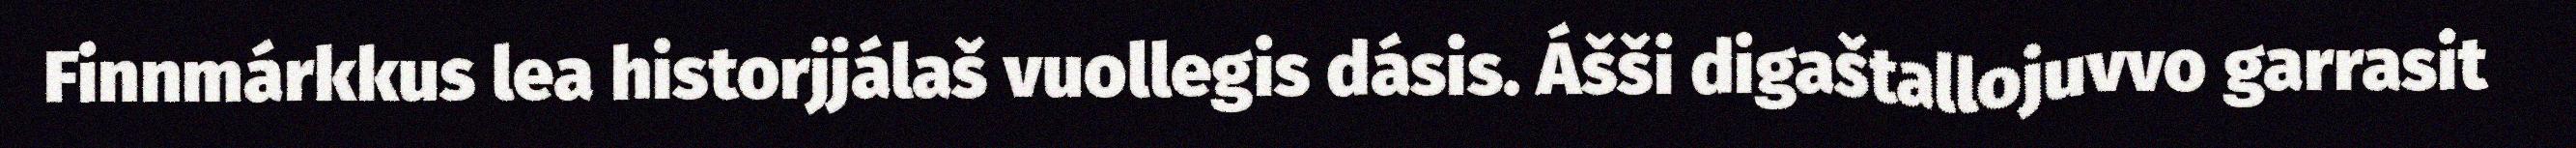
Finnmárkkus lea historjjálaš vuollegis dásis. Ášši digaštallojuvvo garrasit